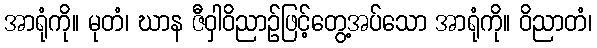
အာရုံကို။ မုတံ၊ ဃာန ဇီဝှါဝိညာဉ်ဖြင့်တွေ့အပ်သော အာရုံကို။ ဝိညာတံ၊